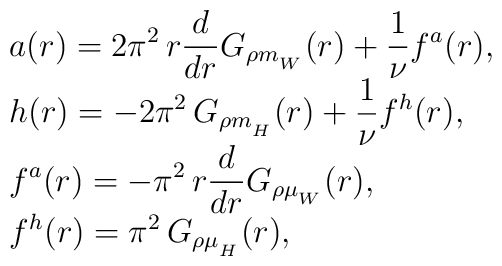
\begin{array}{l}\displaystyle a(r)=2\pi^2\, r\frac{d}{dr}G_{\rho m_{_W}}(r)+\frac{1}{\nu}f^{a}(r),\\\displaystyle h(r)=-2\pi^2\,G_{\rho m_{_H}}(r)+\frac{1}{\nu}f^{h}(r),\\\displaystyle f^{a}(r)=-\pi^2\,r\frac{d}{dr}G_{\rho \mu_{_W}}(r),\\\displaystyle f^{h}(r)=\pi^2\,G_{\rho \mu_{_H}}(r),\\\end{array}